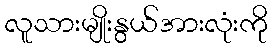
လူသားမျိုးနွယ်အားလုံးကို